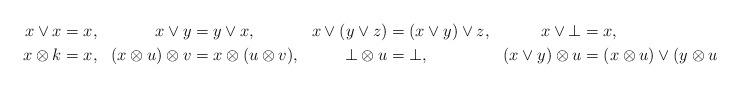
LaTeX: \begin{align*} x\vee x&=x, &x\vee y&=y\vee x, & x\vee (y\vee z) &=(x\vee y)\vee z, & x\vee\bot&=x,\\ x\otimes k&=x, & (x\otimes u)\otimes v&=x\otimes (u\otimes v),& \bot\otimes u&=\bot, & (x\vee y)\otimes u &=(x\otimes u)\vee(y\otimes u); \end{align*}